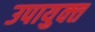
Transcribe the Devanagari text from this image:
उपायुक्‍त